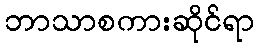
ဘာသာစကားဆိုင်ရာ